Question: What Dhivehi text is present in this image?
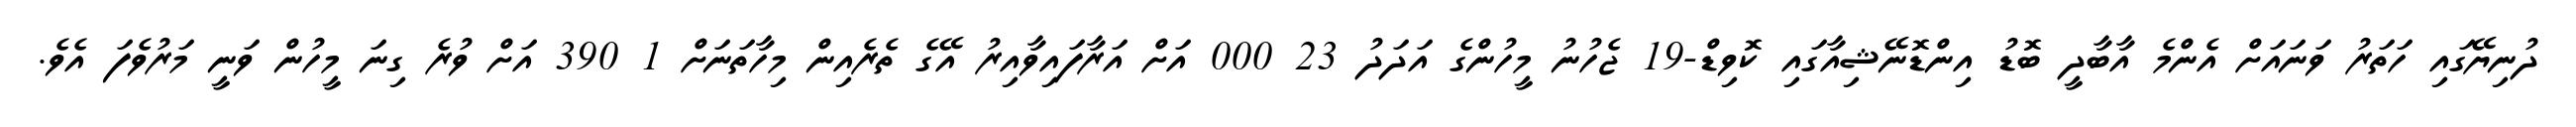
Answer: ދުނިޔޭގައި ހަތަރު ވަނައަށް އެންމެ އާބާދީ ބޮޑު އިންޑޮނޭޝިއާގައި ކޮވިޑް-19 ޖެހުނު މީހުންގެ އަދަދު 23 000 އަށް އަރާފައިވާއިރު އޭގެ ތެރެއިން މިހާތަނަށް 1 390 އަށް ވުރެ ގިނަ މީހުން ވަނީ މަރުވެފަ އެވެ.